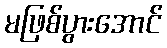
မဖြစ်ပွားအောင်